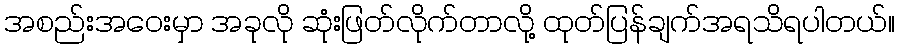
အစည်းအဝေးမှာ အခုလို ဆုံးဖြတ်လိုက်တာလို့ ထုတ်ပြန်ချက်အရသိရပါတယ်။